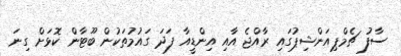
ސާފު ޗެމްޕިއަންޝިޕުގައި ރާއްޖެ އާއި އިންޑީއާ ފަދަ ގައުމުތަކުން ބޫޓާން ކޮޅަށް ގިނަ